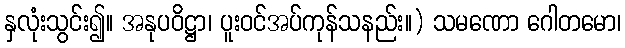
နှလုံးသွင်း၍။ အနုပဝိဋ္ဌာ၊ ပူးဝင်အပ်ကုန်သနည်း။) သမဏော ဂေါတမော၊